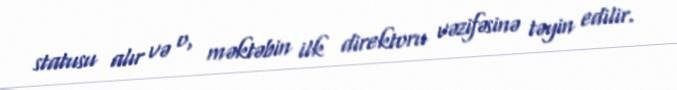
statusu alır və o, məktəbin ilk direktoru vəzifəsinə təyin edilir.